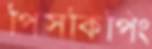
পিসকিপিং